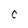
Character: C